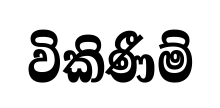
විකිණීම්